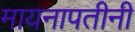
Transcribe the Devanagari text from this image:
मायनापतीनी